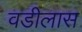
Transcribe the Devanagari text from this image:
वडीलास